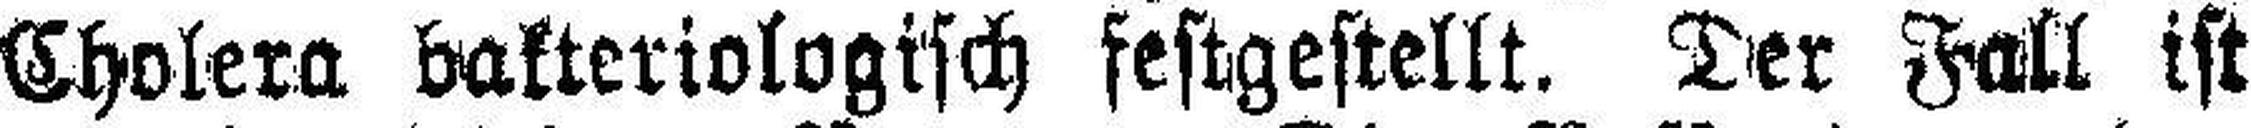
Cholera bakteriologisch festgestellt. Der Fall ist